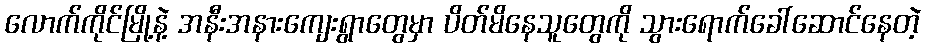
လောက်ကိုင်မြို့နဲ့ အနီးအနားကျေးရွာတွေမှာ ပိတ်မိနေသူတွေကို သွားရောက်ခေါ်ဆောင်နေတဲ့